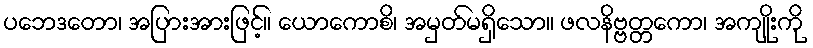
ပဘေဒတော၊ အပြားအားဖြင့်။ ယောကောစိ၊ အမှတ်မရှိသော။ ဖလနိဗ္ဗတ္တကော၊ အကျိုးကို